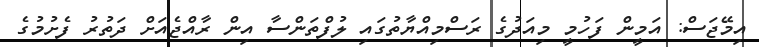
އިމޭޖަސް: އަމީން ފަހުމީ މިއަދުގެ ރަސްމިއްޔާތުގައި ލުފްތަންސާ އިން ރާއްޖެއަށް ދަތުރު ފެށުމުގެ